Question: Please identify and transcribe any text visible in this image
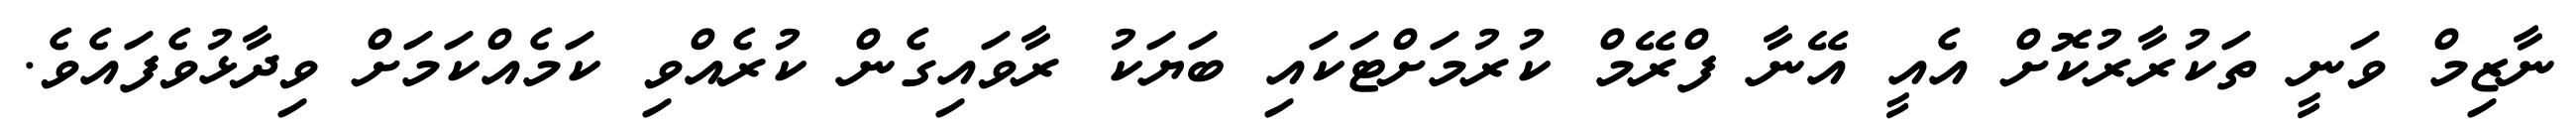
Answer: ނާޒިމް ވަނީ ތަކުރާރުކޮށް އެއީ އޭނާ ފްރޭމް ކުރުމަށްޓަކައި ބަޔަކު ރާވައިގެން ކުރެއްވި ކަމެއްކަމަށް ވިދާޅުވެފައެވެ.